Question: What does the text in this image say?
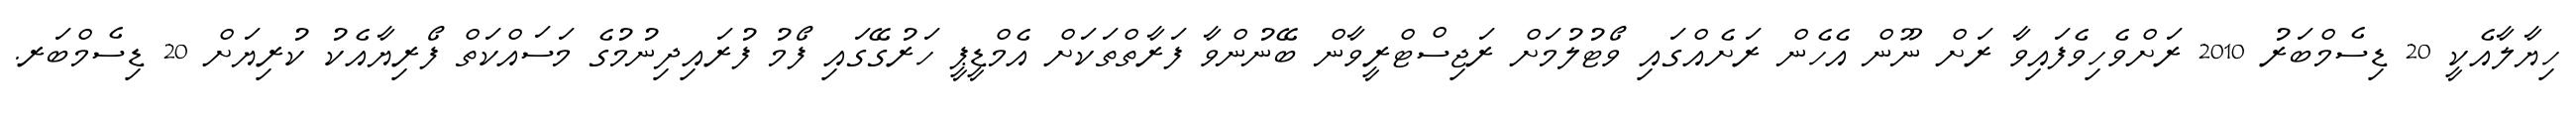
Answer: ހިޔާލާއެކީ 20 ޑިސެމްބަރު 2010 ރަށްވެހިވެފައިވާ ރަށް ނޫން އެހެން ރަށެއްގައި ވޯޓުލުމަށް ރަޖިސްޓްރީވާން ބޭނުންވާ ފަރާތްތަކަށް އެމްޑީޕީ ހަރުގޭގައި ފޯމު ފުރައިދިނުމުގެ މަސައްކަތް ފޯރިޔާއެކު ކުރިޔަށް 20 ޑިސެމްބަރ.